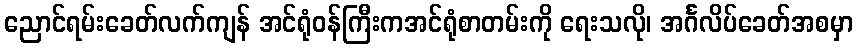
ညောင်ရမ်းခေတ်လက်ကျန် အင်ရုံဝန်ကြီးကအင်ရုံစာတမ်းကို ရေးသလို၊ အင်္ဂလိပ်ခေတ်အစမှာ